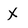
Character: X